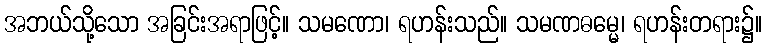
အဘယ်သို့သော အခြင်းအရာဖြင့်။ သမဏော၊ ရဟန်းသည်။ သမဏဓမ္မေ၊ ရဟန်းတရား၌။